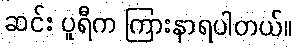
ဆင်း ပူရီက ကြားနာရပါတယ်။